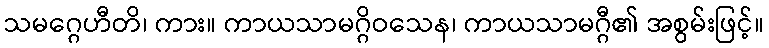
သမဂ္ဂေဟီတိ၊ ကား။ ကာယသာမဂ္ဂိဝသေန၊ ကာယသာမဂ္ဂီ၏ အစွမ်းဖြင့်။